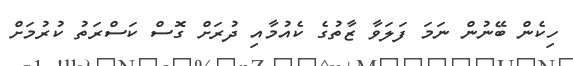
ހިކެން ބޭނުން ނަމަ ފަލަވާ ޒާތުގެ ކެއުމާއި ދުރަށް ގޮސް ކަސްރަތު ކުރުމަށް